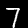
Label: 7